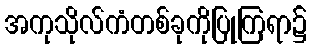
အကုသိုလ်ကံတစ်ခုကိုပြုကြရာ၌